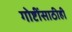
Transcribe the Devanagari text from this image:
गोष्टींसाठीही